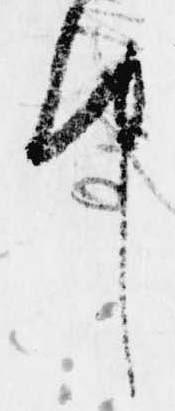
中